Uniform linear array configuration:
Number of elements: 12
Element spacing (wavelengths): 1
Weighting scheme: binomial
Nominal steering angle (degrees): -45
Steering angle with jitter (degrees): -43.558
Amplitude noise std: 0.05
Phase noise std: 0.05

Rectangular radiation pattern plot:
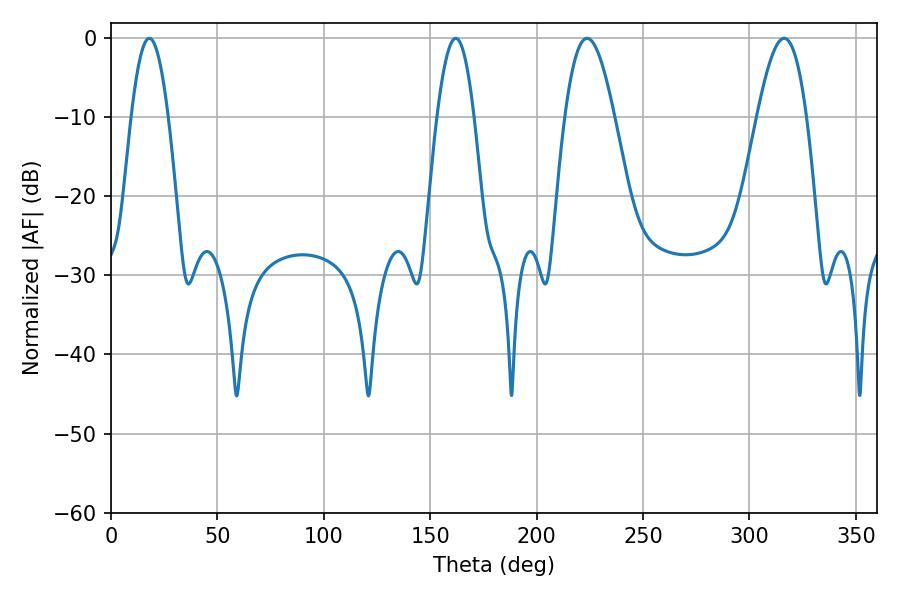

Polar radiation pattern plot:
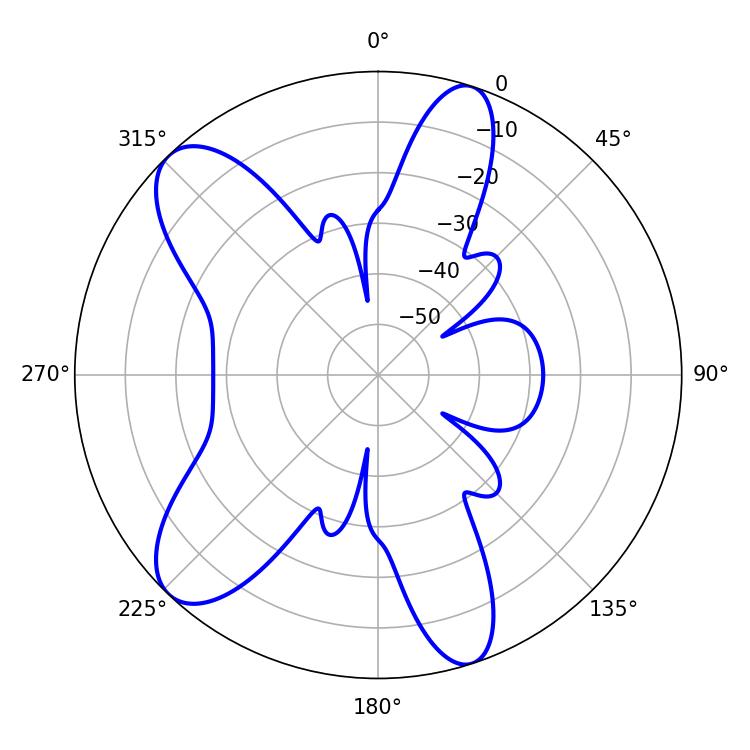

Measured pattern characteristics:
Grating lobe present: TRUE
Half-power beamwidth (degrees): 9.54
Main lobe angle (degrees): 18